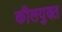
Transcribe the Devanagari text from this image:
कीलयुक्त